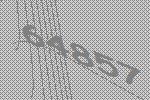
64857